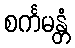
စင်္ကမန္တံ